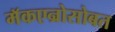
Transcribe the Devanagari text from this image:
मॅकएन्रोसोबत